King Institute of Preventive Medicine Micro-Biological Section reports 1909-11
Year: 1909
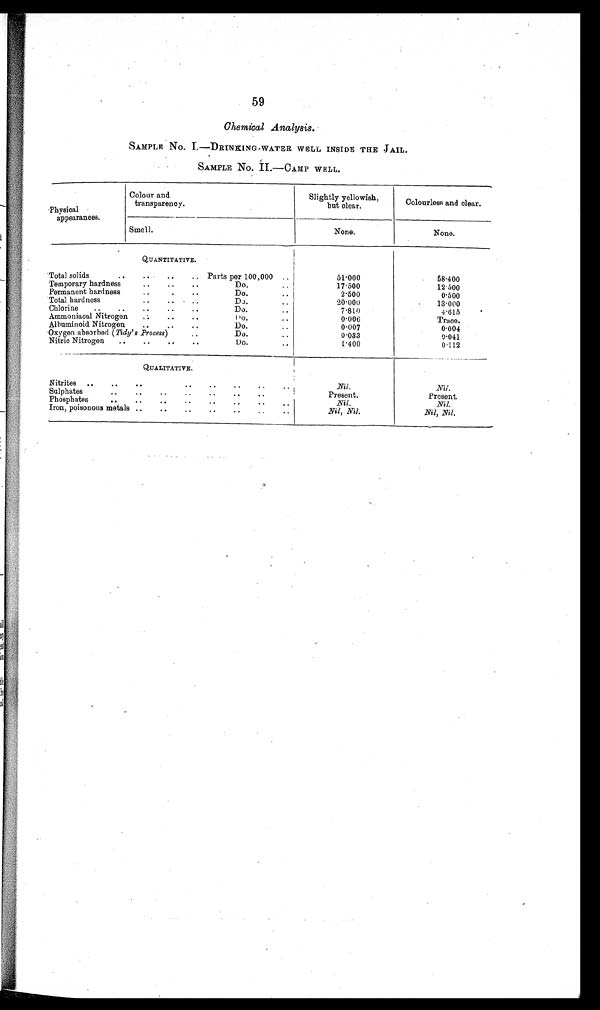
59
Chemical Analysis.
SAMPLE No. I.—DRINKING-WATER WELL INSIDE THE JAIL.
SAMPLE No. II.—CAMP WELL.
Physical
Colour and
transparency.
Slightly yellowish,
but clear.
Colourless and clear.
appearances.
—
Smell.
None-
None-
.
QUANTITATIVE.
Total solids
..
.
.. Parts per 100,000 ..
. . . . . . ..
Temporary hardness..
.
.
Permanent hardness..
. . Do. .-
Total hardness
. . . . .. DJ-
Chlorine
..
..
..
.-
..
Do...
Ammoniaeal Nitrogen
.
. . .. ..
Alhuminoid Nitrogen
. . . Do.
Oxygen absorbed (Tidy's Process)
Do.
. .
Nitric Nitrogen
-.
-.
.
.
Do.
.
51.000 17.500
2.500
20.000
7.810
0.006
0.007
0.033
1.400
58.400
1 2 . 5 0 0
0.500
13.000
4.615
'
Trace.
0.004
0.041
0.112
QUALITATIVE.
Nitrites
..
. . . .-. .- .. .
Sulphates
. . . . . . . . . .- .- -.
Ph osphates
. . . . . . . . . . . ..
Iron, poisonous metals .-
..
..
....
.
.
Nil.
Present.
Nil.
Nil.
Nil.
Present,
Nil-
Nil, Nil.